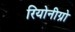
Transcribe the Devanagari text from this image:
रियोनीग्रो